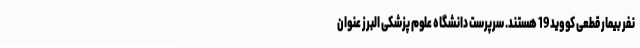
نفر بیمار قطعی کووید 19 هستند. سرپرست دانشگاه علوم پزشکی البرز عنوان